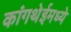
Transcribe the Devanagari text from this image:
कांगथेईमध्ये